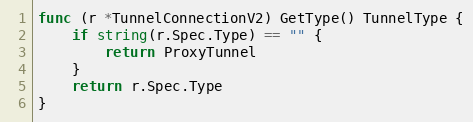
Language: Go
func (r *TunnelConnectionV2) GetType() TunnelType {
	if string(r.Spec.Type) == "" {
		return ProxyTunnel
	}
	return r.Spec.Type
}